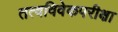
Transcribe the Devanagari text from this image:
तत्वविवेकपरीक्षा